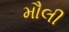
મૌલી